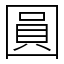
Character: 圓